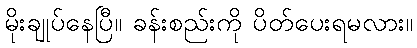
မိုးချုပ်နေပြီ။ ခန်းစည်းကို ပိတ်ပေးရမလား။